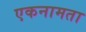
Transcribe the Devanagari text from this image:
एकनामता